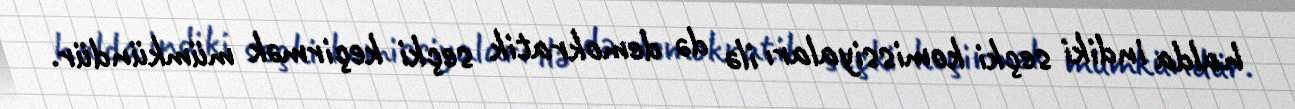
halda indiki seçki komissiyaları ilə də demokratik seçki keçirmək mümkündür.